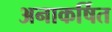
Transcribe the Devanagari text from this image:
अनाकर्षित